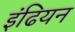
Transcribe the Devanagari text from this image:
इंढियन